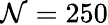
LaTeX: \mathcal{N}=250